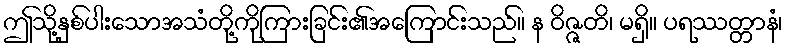
ဤသို့နှစ်ပါးသောအသံတို့ကိုကြားခြင်း၏အကြောင်းသည်။ န ဝိဇ္ဇတိ၊ မရှိ။ ပရဿတ္တာနံ၊